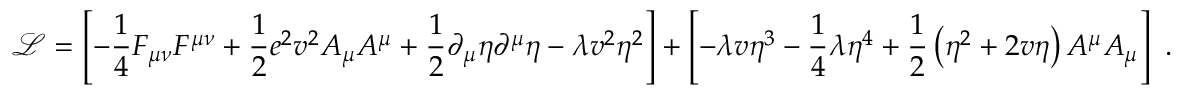
\ { \mathcal { L } } = \left[ - { \frac { 1 } { 4 } } F _ { \mu \nu } F ^ { \mu \nu } + { \frac { 1 } { 2 } } e ^ { 2 } v ^ { 2 } A _ { \mu } A ^ { \mu } + { \frac { 1 } { 2 } } \partial _ { \mu } \eta \partial ^ { \mu } \eta - \lambda v ^ { 2 } \eta ^ { 2 } \right] + \left[ - \lambda v \eta ^ { 3 } - { \frac { 1 } { 4 } } \lambda \eta ^ { 4 } + { \frac { 1 } { 2 } } \left( \eta ^ { 2 } + 2 v \eta \right) A ^ { \mu } A _ { \mu } \right] ~ .